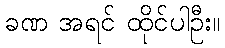
ခဏ အရင် ထိုင်ပါဦး။